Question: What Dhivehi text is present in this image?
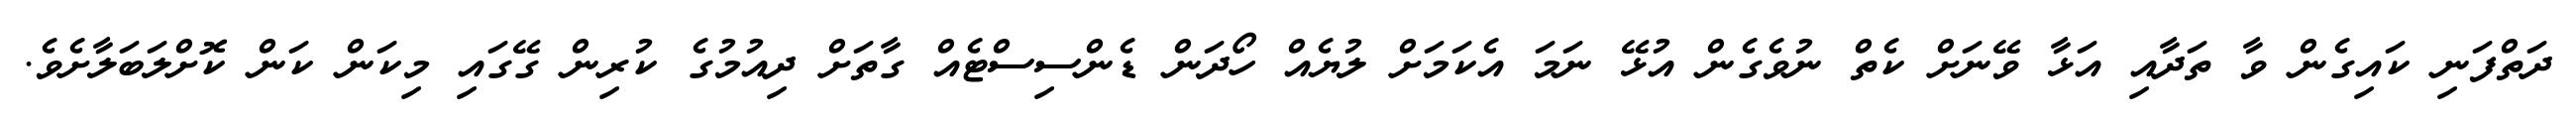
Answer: ދަތްފަނި ކައިގެން ވާ ތަދާއި އަޅާ ވޭނަށް ކެތް ނުވެގެން އުޅޭ ނަމަ އެކަމަށް ލުޔެއް ހޯދަން ޑެންސިސްޓެއް ގާތަށް ދިއުމުގެ ކުރިން ގޭގައި މިކަން ކަން ކޮށްލަބަލާށެވެ.